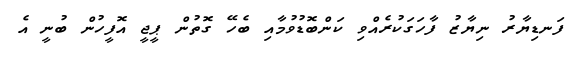
ފަނޑިޔާރު ނިޔާޒު ފާހަގަކުރެއްވި ކަންބޮޑުވުމާއި ބެހޭ ގޮތުން ޕީޖީ އޮފީހުން ބުނީ އެ